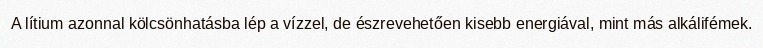
A lítium azonnal kölcsönhatásba lép a vízzel, de észrevehetően kisebb energiával, mint más alkálifémek.